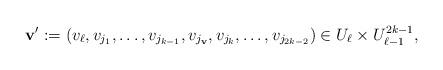
LaTeX: \begin{align*}\mathbf{v'} := (v_{\ell}, v_{j_1}, \dots, v_{j_{k-1}} , v_{j_{\mathbf{v}}}, v_{j_{k}}, \dots, v_{j_{2k-2}} ) \in U_{\ell}\times U_{\ell-1}^{2k-1},\end{align*}